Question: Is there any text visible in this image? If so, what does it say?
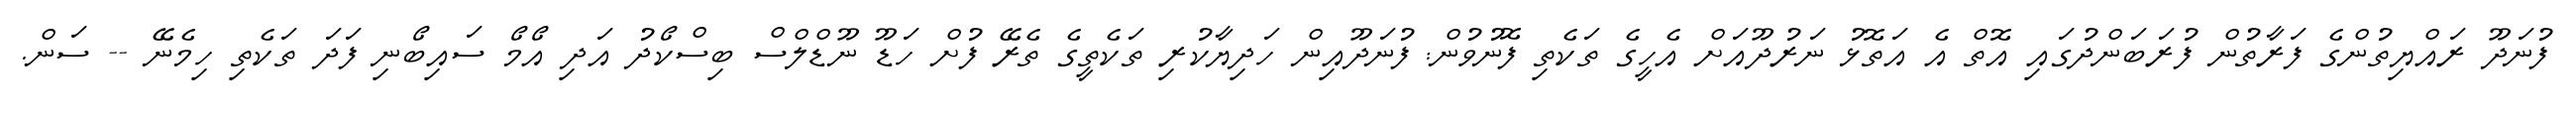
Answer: ފުނަދޫ ރައްޔިތުންގެ ފަރާތުން ފުރަބަންދުގައި އޮތް އެ އަތޮޅު ނަރުދޫއަށް އެހީގެ ތަކެތި ފޮނުވުން: ފުނަދޫއިން ހަދިޔާކުރި ތަކެތީގެ ތެރޭ ފުށް ހަޑޫ ނޫޑްލްސް ބިސްކޯދު އަދި އޯމޯ ސައިބޯނި ފަދަ ތަކެތި ހިމެނޭ -- ސަން.